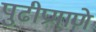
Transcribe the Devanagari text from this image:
पुढीप्रमाणे